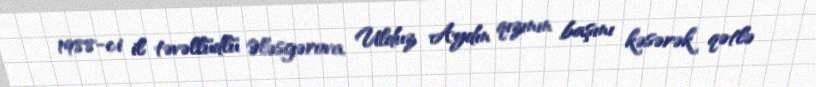
1988-ci il təvəllüdlü Ələsgərova Ulduz Aydın qızının başını kəsərək qətlə